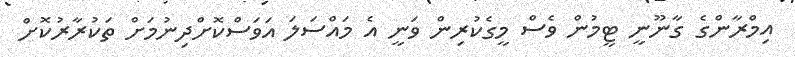
އިމްރާންގެ ގާނޫނީ ޓީމުން ވެސް މީގެކުރިން ވަނީ އެ މައްސަލަ އަވަސްކޮށްދިނުމަށް ތަކުރާރުކޮށް